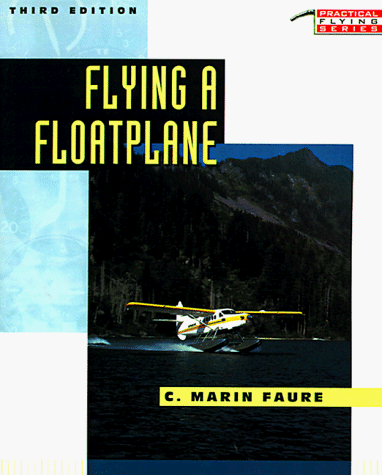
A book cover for Flying A Floatplane; C. Marin Faure; Sports & Outdoors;